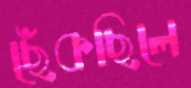
ছেঁকছিলে